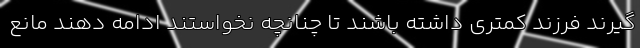
گیرند فرزند کمتری داشته باشند تا چنانچه نخواستند ادامه دهند مانع